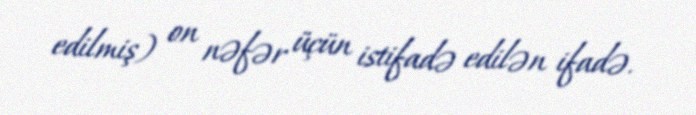
edilmiş) on nəfər üçün istifadə edilən ifadə.